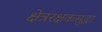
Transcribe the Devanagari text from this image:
क्षेत्ररक्षकसुद्धा